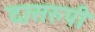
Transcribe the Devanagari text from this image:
दासरुपी